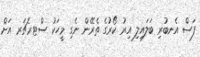
ފަސް އެނބުރި ބަލައިލި އިރު ކޯރުގެ ތެރޭން ނެގި މީހަކު ސްޓރެޗަރ އަށް